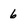
Character: 6